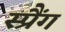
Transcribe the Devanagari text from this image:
स्प्रैंग